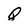
Character: Q